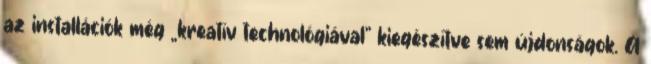
az installációk még „kreatív technológiával” kiegészítve sem újdonságok. A